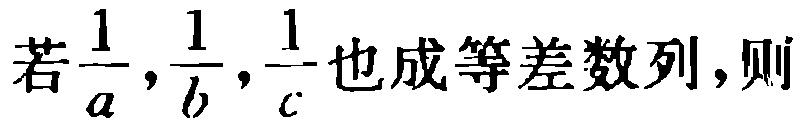
若$\frac{1}{a},\frac{1}{b},\frac{1}{c}$也成等差数列，则